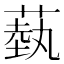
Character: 蓺